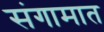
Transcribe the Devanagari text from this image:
संगामात